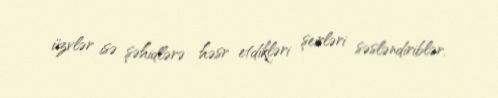
üzvlər isə şəhidlərə həsr etdikləri şeirləri səsləndiriblər.